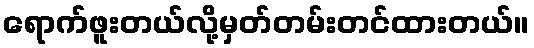
ရောက်ဖူးတယ်လို့မှတ်တမ်းတင်ထားတယ်။